Indian journal of veterinary science and animal husbandry - Volumes 26-27, 1956-1957
Year: 1956
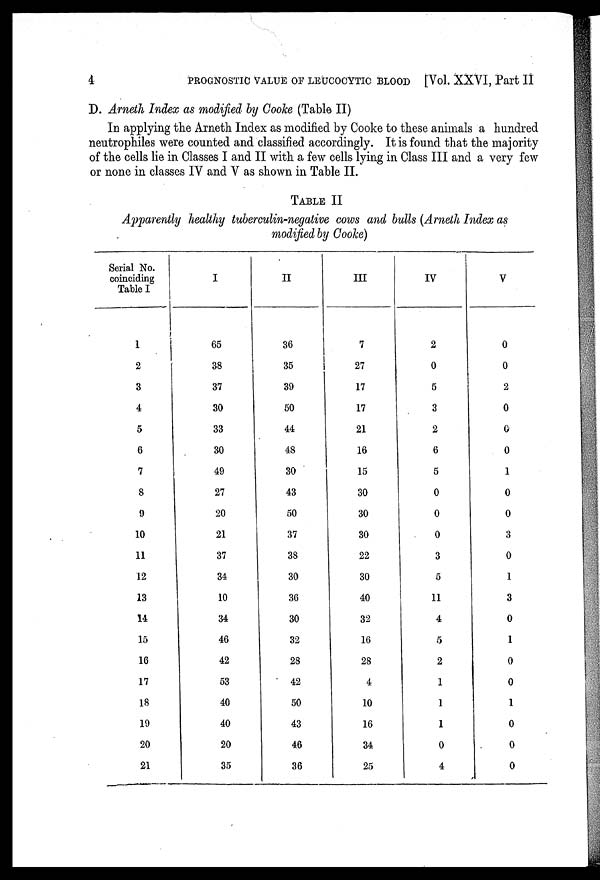
4
PROGNOSTIC VALUE OF LEUCOCYTIC BLOOD [Vol. XXVI, Part II
D. Arneth Index as modified by Cooke (Table II)
In applying the Arneth Index as modified by Cooke to these animals a hundred
neutrophiles were counted and classified accordingly. It is found that the majority
of the cells lie in Classes I and II with a few cells lying in Class III and a very few
or none in classes IV and V as shown in Table II.
TABLE II
Apparently healthy tuberculin-negative cows and bulls (Arneth Index as
modified by Cooke)
Serial No.
coinciding
Table I
1
2
3
4
5
6
7
8
9
10
11
12
13
14
15
16
17
18
19
20
21
I
65
38
37
30
33
30
49
27
20
21
37
34
10
34
46
42
53
40
40
20
35
II
36
35
39
50
44
48
30
43
50
37
38
30
36
30
32
28
42
50
43
46
36
III
7
27
17
17
21
16
15
30
30
30
22
30
40
32
16
28
4
10
16
34
25
IV
2
0
5
3
2
6
5
0
0
0
3
5
11
4
5
2
1
1
1
0
4
V
0
0
2
0
0
0
1
0
0
3
0
1
3
0
1
0
0
1
0
0
0